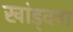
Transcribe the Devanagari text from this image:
खांड्क्या